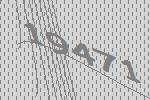
19471